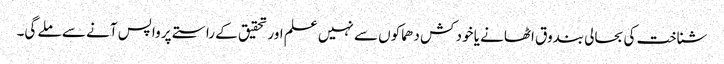
شناخت کی بحالی بندوق اٹھانے یا خود کش دھماکوں سے نہیں علم اور تحقیق کے راستے پر واپس آنے سے ملے گی۔